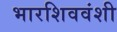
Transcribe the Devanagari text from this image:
भारशिववंशी